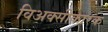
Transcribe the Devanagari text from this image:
विअक्सीकारक